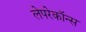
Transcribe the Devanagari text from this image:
लेपरेकॉन्स